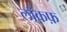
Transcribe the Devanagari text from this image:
लॉकफ़